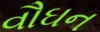
વૌઘન